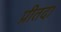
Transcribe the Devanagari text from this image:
प्रीतदा